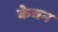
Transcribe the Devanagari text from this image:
केचन